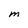
Character: M